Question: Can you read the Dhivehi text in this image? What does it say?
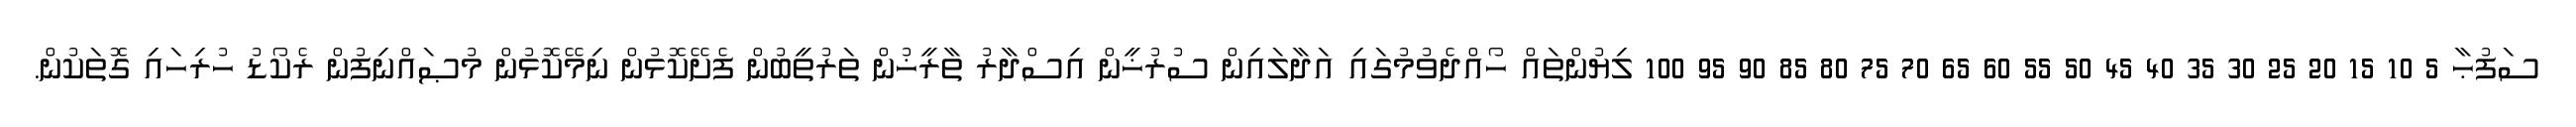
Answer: ސަފުޙާ 5 10 15 20 25 30 35 40 45 50 55 60 65 70 75 80 85 90 95 100 ލިޔުންތައް ހޯއްދެވުމުގައި އަދާލައިން ސުރުޚީން އިސްދާރު ތާރީޚުން ތަރުތީބުން ފެށޭކޮޅުން ނިމޭކޮޅުން މުޞައްނިފުން ރެކޯޑު ހުރިހައި ގޮތަކުން.